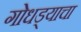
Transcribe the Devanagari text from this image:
गोधड्याचा